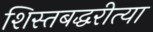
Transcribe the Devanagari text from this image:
शिस्तबद्धरीत्या